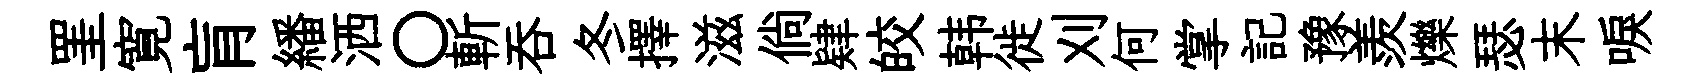
罣寛肓繙洒〇斬吞冬擇滋倘肄皎韩徙刈何掌記豫羨爍瑟末唳